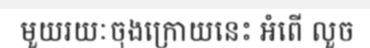
មួយរយៈចុងក្រោយនេះ អំពើ លួច